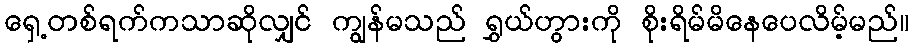
ရှေ့တစ်ရက်ကသာဆိုလျှင် ကျွန်မသည် ရွှယ်ဟွားကို စိုးရိမ်မိနေပေလိမ့်မည်။